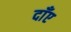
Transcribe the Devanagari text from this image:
दाँए